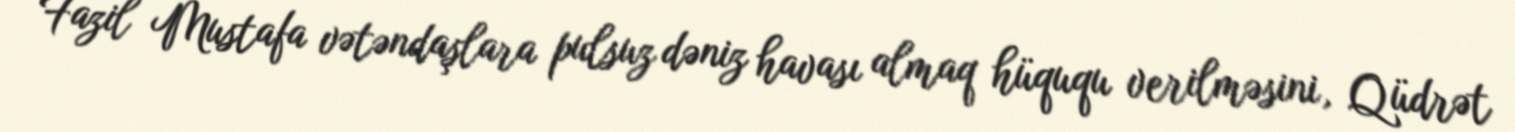
Fazil Mustafa vətəndaşlara pulsuz dəniz havası almaq hüququ verilməsini, Qüdrət